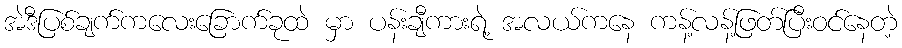
အဲဒီပြစ်ချက်ကလေးခြောက်ခုထဲ မှာ ပန်းချီကားရဲ့ အလယ်ကနေ ကန့်လန့်ဖြတ်ပြီးဝင်နေတဲ့